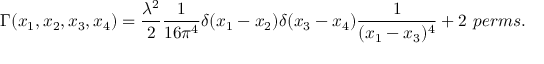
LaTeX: \Gamma ( x _ { 1 } , x _ { 2 } , x _ { 3 } , x _ { 4 } ) = \frac { \lambda ^ { 2 } } { 2 } \frac { 1 } { 1 6 \pi ^ { 4 } } \delta ( x _ { 1 } - x _ { 2 } ) \delta ( x _ { 3 } - x _ { 4 } ) \frac { 1 } { ( x _ { 1 } - x _ { 3 } ) ^ { 4 } } + { \mathrm 2 ~ p e r m s . }